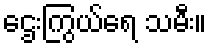
ဌေးကြွယ်ရေ သမီး။